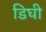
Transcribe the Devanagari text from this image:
डिघी